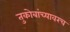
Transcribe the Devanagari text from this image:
तुकोबांच्यावरच